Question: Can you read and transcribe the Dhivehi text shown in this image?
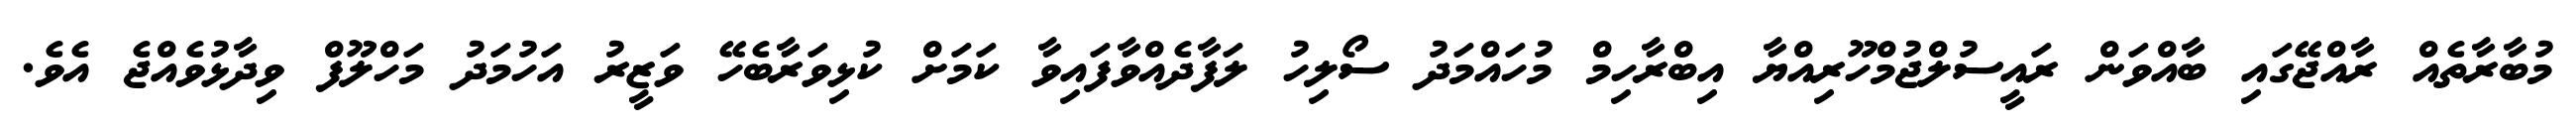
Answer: މުބާރާތެއް ރާއްޖޭގައި ބާއްވަން ރައީސުލްޖުމްހޫރިއްޔާ އިބްރާހިމް މުހައްމަދު ސޯލިހު ލަފާދެއްވާފައިވާ ކަމަށް ކުޅިވަރާބެހޭ ވަޒީރު އަހުމަދު މަހްލޫފް ވިދާޅުވެއްޖެ އެވެ.